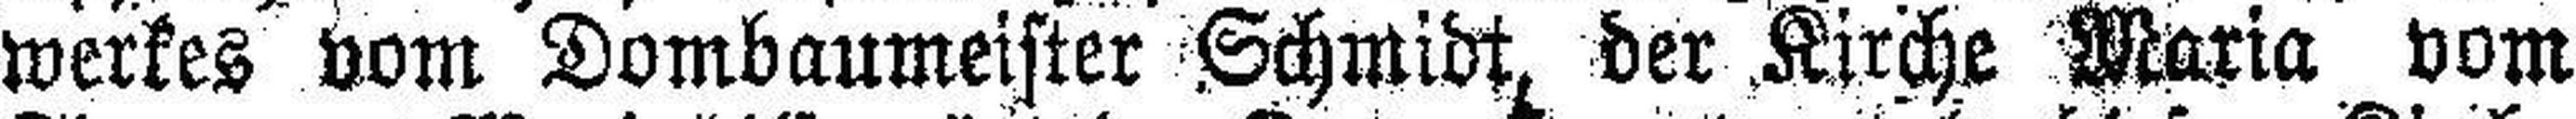
werkes vom Dombaumeister Schmidt, der Kirche Maria vom